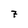
Character: 7